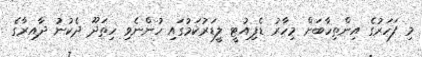
މި ފަހަރުގެ އިންތިހާބަށް މިހާރު ޑެޕިއުޓީ ލީޑަރުކަމުގައި ހުންނެވި ހިތަދޫ ދެކުނު ދާއިރާގެ